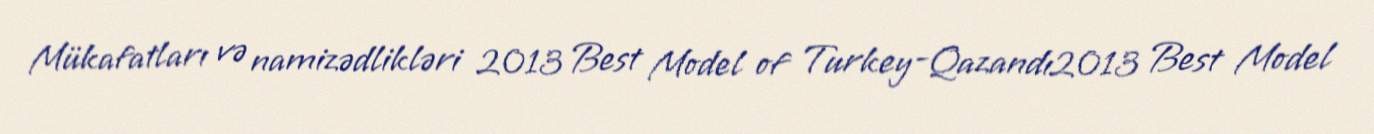
Mükafatları və namizədlikləri 2013 Best Model of Turkey-Qazandı2013 Best Model